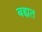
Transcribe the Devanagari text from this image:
बह्यत